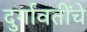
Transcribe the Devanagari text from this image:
दुर्गावतींचे